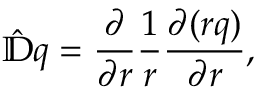
\hat { \mathbb { D } } q = \frac { \partial } { \partial r } \frac { 1 } { r } \frac { \partial ( r q ) } { \partial r } ,